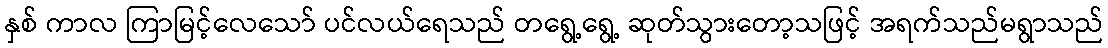
နှစ် ကာလ ကြာမြင့်လေသော် ပင်လယ်ရေသည် တရွေ့ရွေ့ ဆုတ်သွားတော့သဖြင့် အရက်သည်မရွာသည်